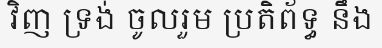
វិញ ទ្រង់ ចូលរួម ប្រតិព័ទ្ធ នឹង